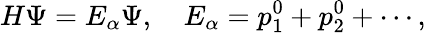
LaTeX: H\Psi=E_{\alpha}\Psi,\quad E_{\alpha}=p_{1}^{0}+p_{2}^{0}+\cdots,